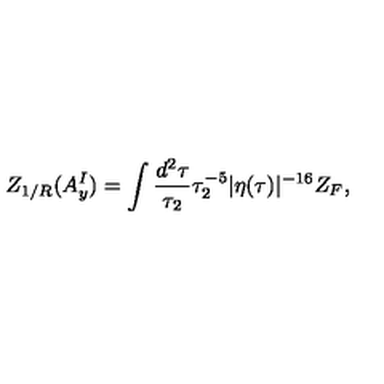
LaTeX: Z _ { 1 / R } ( A _ { y } ^ { I } ) = \int \frac { d ^ { 2 } \tau } { \tau _ { 2 } } \tau _ { 2 } ^ { - 5 } | \eta ( \tau ) | ^ { - 1 6 } Z _ { F } ,